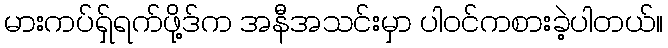
မားကပ်ရှ်ရက်ဖို့ဒ်က အနီအသင်းမှာ ပါဝင်ကစားခဲ့ပါတယ်။